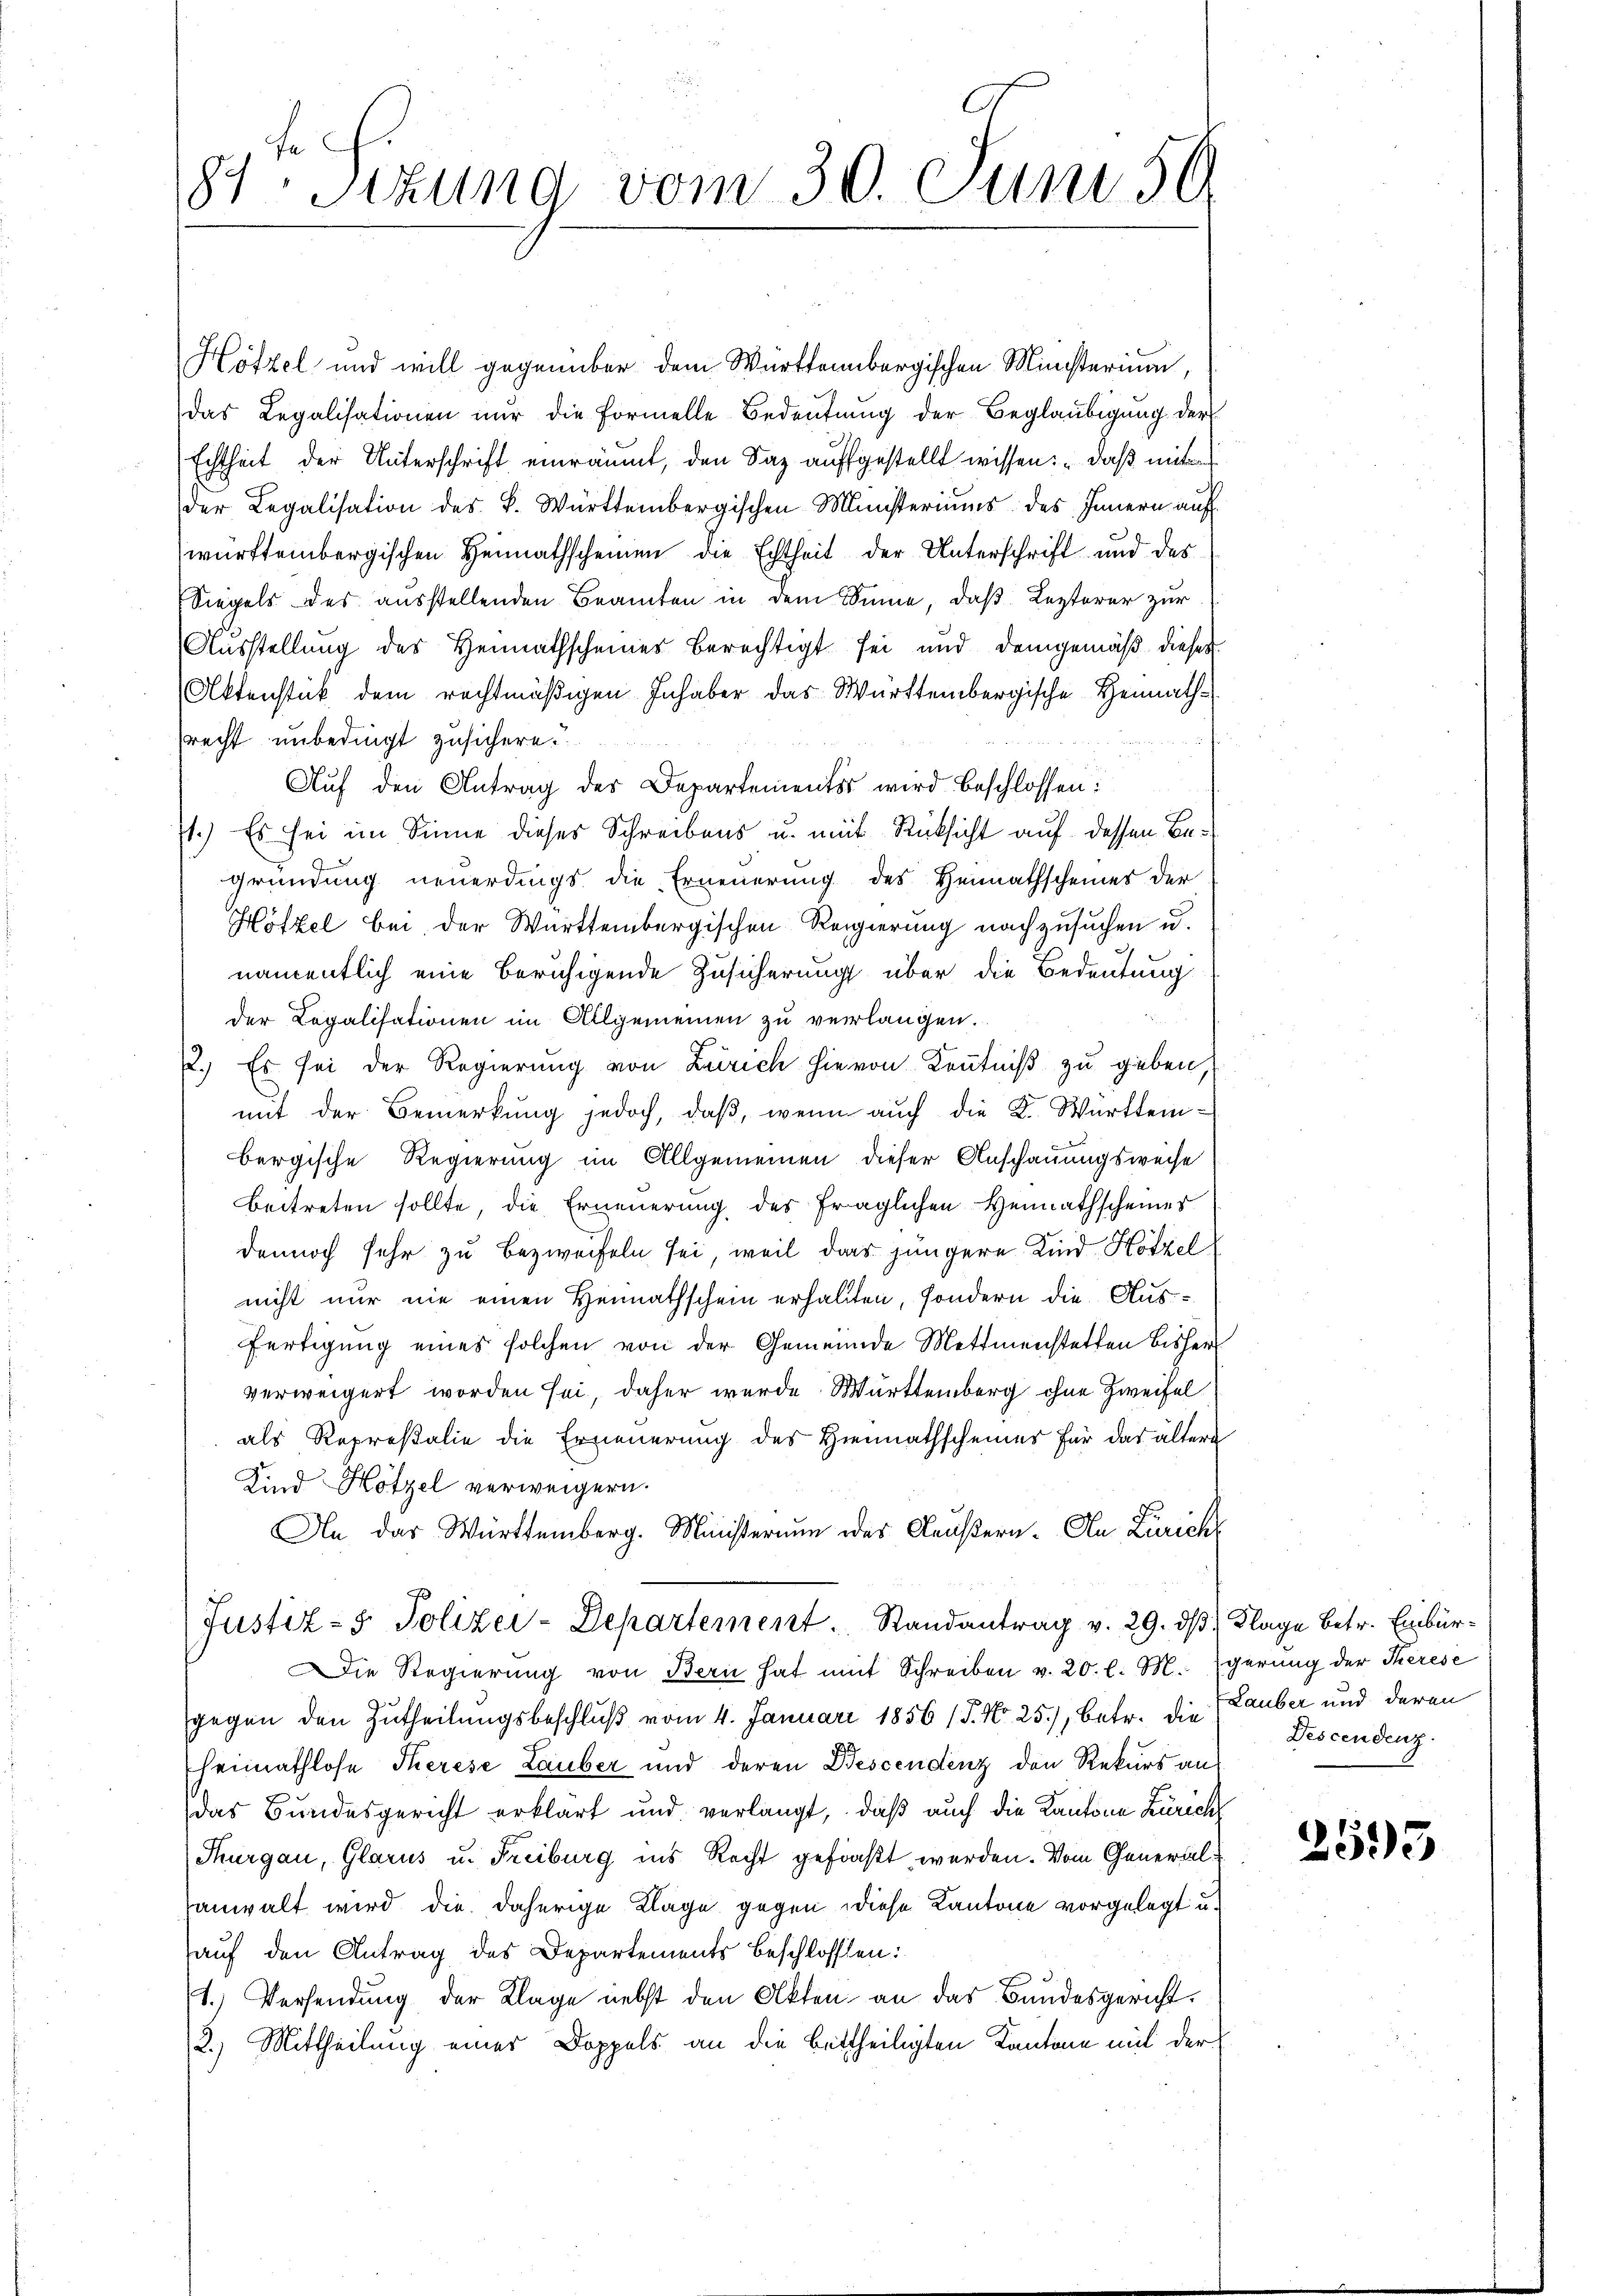
81Stzung vom 30. Juni 56.
.

Hötzel und will gegenüber dem Württembergischen Ministerium,
das Legalisationen nur die Formelle Bedeutung der Beglaubigung der
Echtheit der Unterschrift einräumt, den Saz auffgestellt wissen: „daß mit
der Legalisation des K. Württembergischen Ministeriums des Innern auf
württembergischen Heimathscheinen die Echtheit der Unterschrift und des
Siegels des ausstellenden Beamten in dem Sinne, daß Lezterer zur
Ausstellung des Heimathscheines berechtigt sei und demgemäß dieses
Aktenstück dem rechtmäßigen Inhaber das Württembergische Heimathrecht unbedingt zusichern.
Aŭf den Antrag des Departements wird beschlossen:
1.) Es sei im Sinne dieses Schreibens u. mit Rücksicht auf dessen Begründung neuerdings die Erneuerung des Heimathscheines der
Hötzel bei der Württembergischen Regierung nachzusuchen u.
namentlich eine beruhigende Zusicherung über die Bedeutung
der Legalisationen im Allgemeinen zu verlangen.
2.) Es sei der Regierung von Zürich hievon Kenntniß zu geben,
mit der Bemerkung jedoch, daß, wenn auch die K. Württembergische Regierung im Allgemeinen dieser Anschauungsweise
beitreten sollte, die Erneuerung des fraglichen Heimathscheines
dennoch sehr zu bezweifeln sei, weil das jüngere Kind Hötzel
nicht nur nie einen Heimathschein erhalten, sondern die Aus¬
Fertigung eines solchen von der Gemeinde Mettmenstetten bisher
verweigert worden sei, daher wurde Württemberg ohne Zweifel
als Represtalie die Erneuerung des Hiennathscheines für das ältere
Kind Hötzel verweigern.
An das Württemberg. Ministerium des Aeußern. An Zürich
Justiz- & Polizei-Departement. Randantrag v. 29. dβ Klage betr. Einbürie Regierŭng von Bern hat mit Schreiben v. 20. l. M. gerung der Therese
gegen den Zutheilungsbeschluß vom 4. Januar 1856 (5. No 25), betr. die Lauber und daran
heimathlose Therese Lauber und deren Descendenz den Rekurs an
das Bundesgericht erklärt und verlangt, daß auch die Kantone Zürich
Thurgau, Glarus u. Freiburg ins Recht gefaßt werden. Vom Generalanwalt wird die daherige Klage gegen diese Kantone vorgelegt u.
auf den Antrag des Departements beschlossen:
1.) Versendung der Klage nebst den Akten an das Bundesgericht.
2.) Mittheilung eines Doppels an die bettheiligten Kantone mit der

Descendenz.

2593